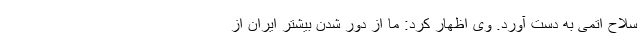
سلاح اتمی به دست آورد. وی اظهار کرد: ما از دور شدن بیشتر ایران از